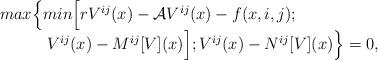
LaTeX: \begin{align*} \begin{array}{c}max\Big\{ min\Big[rV^{ij}(x)-\mathcal{A}V^{ij}(x)-f(x,i,j);\qquad\qquad\qquad\qquad\\ V^{ij}(x)-M^{ij}[V](x)\Big];V^{ij}(x)-N^{ij}[V](x)\Big\}=0,\end{array}\end{align*}